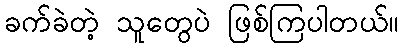
ခက်ခဲတဲ့ သူတွေပဲ ဖြစ်ကြပါတယ်။